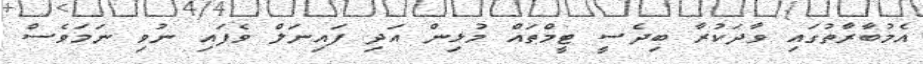
އެމުބާރާތުގައި ވާދަކުރާ ބިދެސީ ޓީމްތައް މުޅިން އަދި ފައިނަލް ވެފައި ނުވި ނަމަވެސް